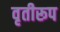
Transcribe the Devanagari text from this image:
वृतीरूप